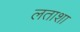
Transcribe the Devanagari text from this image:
लताशा